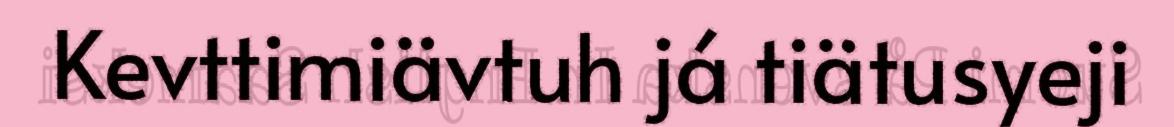
Kevttimiävtuh já tiätusyeji